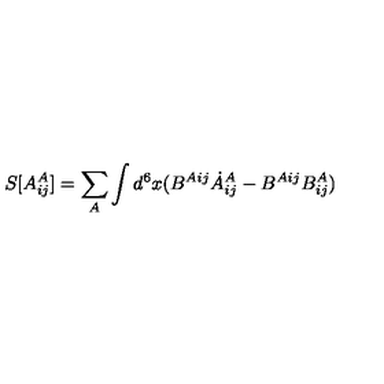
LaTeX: S [ A _ { i j } ^ { A } ] = \sum _ { A } \int d ^ { 6 } x ( B ^ { A i j } \dot { A } _ { i j } ^ { A } - B ^ { A i j } B _ { i j } ^ { A } )